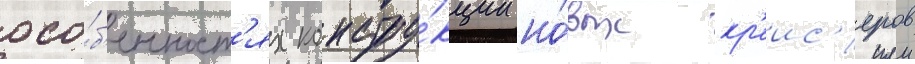
осо́б'енност'ях констру́кции но́вых кр'еис'еров